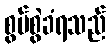
စွပ်စွဲခံရသည်